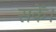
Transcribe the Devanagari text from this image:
सकेँ।